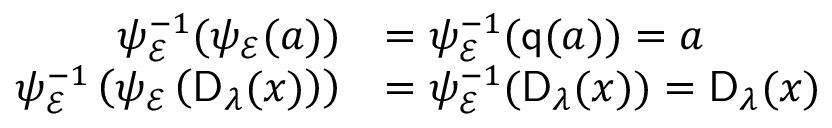
\begin{array} { r l } { \psi _ { \mathcal { E } } ^ { - 1 } ( \psi _ { \mathcal { E } } ( a ) ) } & { = \psi _ { \mathcal { E } } ^ { - 1 } ( \mathsf { q } ( a ) ) = a } \\ { \psi _ { \mathcal { E } } ^ { - 1 } \left( \psi _ { \mathcal { E } } \left( \mathsf { D } _ { \lambda } ( x ) \right) \right) } & { = \psi _ { \mathcal { E } } ^ { - 1 } ( \mathsf { D } _ { \lambda } ( x ) ) = \mathsf { D } _ { \lambda } ( x ) } \end{array}